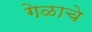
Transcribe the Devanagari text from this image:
गेळाचे